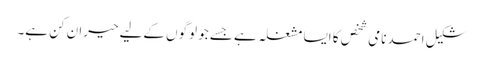
شکیل احمد نامی شخص کا ایسا مشغلہ ہے جسے جو لوگوں کےلیے حیران کن ہے۔